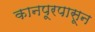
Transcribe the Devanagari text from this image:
कानपूरपासून